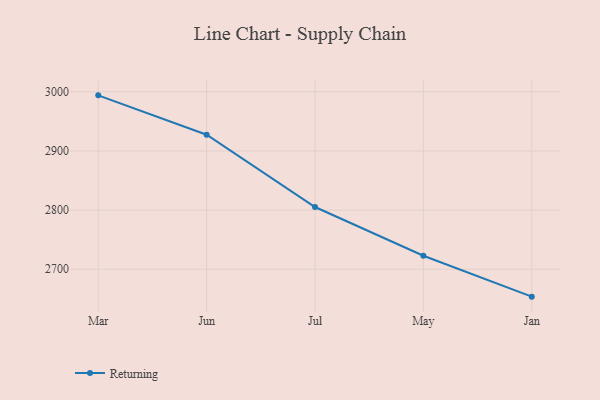
{"axis": {"x": "Month", "y": "Operating Costs (USD K)"}, "legend": ["Returning"], "data": [{"x": "Mar", "y": 2994.0, "type": "Returning"}, {"x": "Jun", "y": 2927.5, "type": "Returning"}, {"x": "Jul", "y": 2805.2, "type": "Returning"}, {"x": "May", "y": 2722.9, "type": "Returning"}, {"x": "Jan", "y": 2653.7, "type": "Returning"}]}